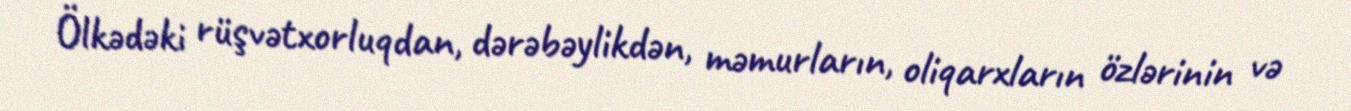
Ölkədəki rüşvətxorluqdan, dərəbəylikdən, məmurların, oliqarxların özlərinin və